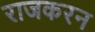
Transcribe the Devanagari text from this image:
राजकरन